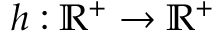
h : \mathbb { R } ^ { + } \rightarrow \mathbb { R } ^ { + }